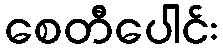
စေတီပေါင်း